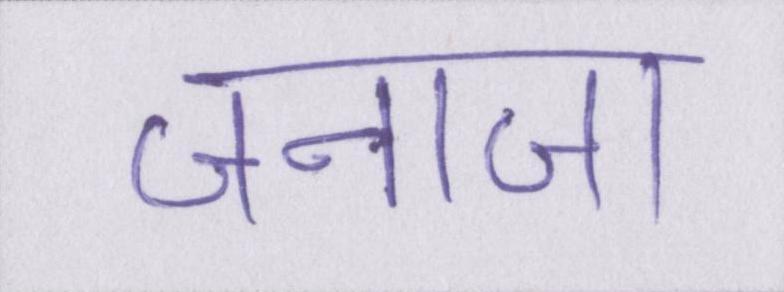
जनाजा